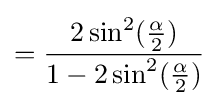
={\frac {2\sin ^{2}({\frac {\alpha }{2}})}{1-2\sin ^{2}({\frac {\alpha }{2}})}}